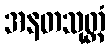
အနတသုတ္တံ